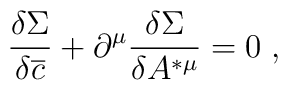
\frac{\delta \Sigma }{\delta \overline{c}}+\partial ^\mu \frac{\delta \Sigma }{\delta A^{*\mu }}=0\;,